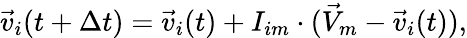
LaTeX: \vec{v}_{i}(t+\Delta t)=\vec{v}_{i}(t)+I_{im}\cdot(\vec{V}_{m}-\vec{v}_{i}(t)),